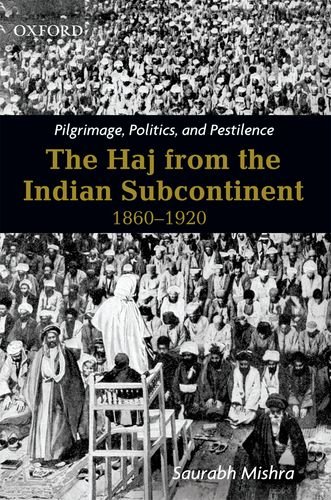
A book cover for Pilgrimage, Politics, and Pestilence: The Haj from the Indian Subcontinent, 1860-1920; Saurabh Mishra; Religion & Spirituality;